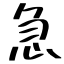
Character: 急